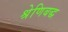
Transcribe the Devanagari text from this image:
श्रेणिबद्ध